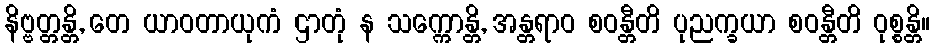
နိဗ္ဗတ္တန္တိ, တေ ယာဝတာယုကံ ဌာတုံ န သက္ကောန္တိ, အန္တရာဝ စဝန္တီတိ ပုညက္ခယာ စဝန္တီတိ ဝုစ္စန္တိ။